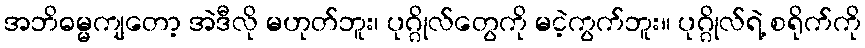
အဘိဓမ္မကျတော့ အဲဒီလို မဟုတ်ဘူး၊ ပုဂ္ဂိုလ်တွေကို မငဲ့ကွက်ဘူး။ ပုဂ္ဂိုလ်ရဲ့ စရိုက်ကို